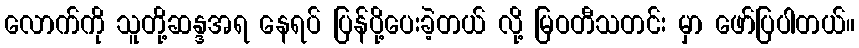
လောက်ကို သူတို့ဆန္ဒအရ နေရပ် ပြန်ပို့ပေးခဲ့တယ် လို့ မြဝတီသတင်း မှာ ဖော်ပြပါတယ်။